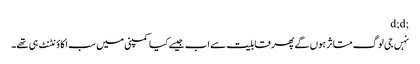
;d;d
نہں جی لوگ متاثر ہوں گے پھر قابلیت سے اب جیسے کیا کمپنی میں سب اکاؤنٹنٹ ہی تھے۔